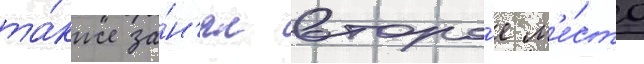
та́кже за́н'ял второ́е м'е́сто